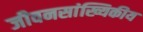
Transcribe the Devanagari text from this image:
जीवनसांख्यिकीय